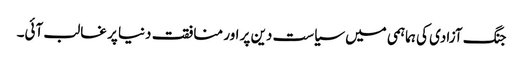
جنگ آزادی کی ہماہمی میں سیاست دین پر اور منافقت دنیا پر غالب آئی۔